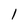
Character: 1